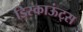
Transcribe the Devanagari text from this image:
डिस्काऊंट्स